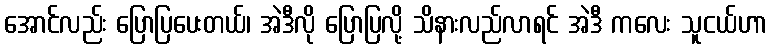
အောင်လည်း ပြောပြပေးတယ်၊ အဲဒီလို ပြောပြလို့ သိနားလည်လာရင် အဲဒီ ကလေး သူငယ်ဟာ